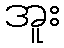
အူး